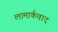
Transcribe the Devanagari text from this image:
लामार्कवाद